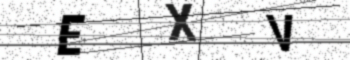
Text: EXV